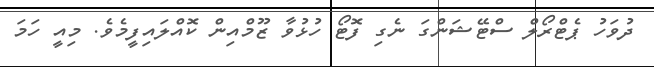
ދުވަހު ޕެޓްރޯލް ސްޓޭޝަންގަ ނެގި ފޮޓޯ ހުޅުވާ ޒޫމްއިން ކޮއްލައިފީމެވެ. މިއީ ހަމަ